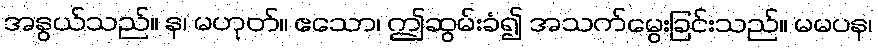
အနွယ်သည်။ န၊ မဟုတ်။ ဧသော၊ ဤဆွမ်းခံ၍ အသက်မွေးခြင်းသည်။ မမပန၊